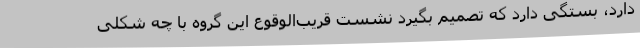
دارد، بستگی دارد که تصمیم بگیرد نشست قریب‌الوقوع این گروه با چه شکلی